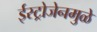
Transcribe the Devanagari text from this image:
ईस्ट्रोजेनमुळे